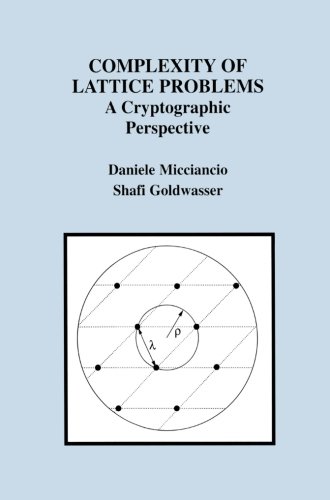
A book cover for Complexity of Lattice Problems: A Cryptographic Perspective (The Springer International Series in Engineering and Computer Science); Daniele Micciancio; Computers & Technology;